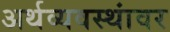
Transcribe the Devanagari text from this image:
अर्थव्यवस्थांवर